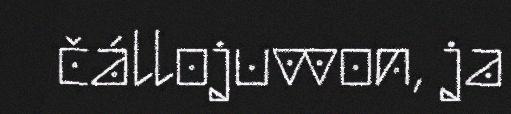
čállojuvvon, ja